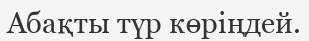
Абақты түр көріңдей.